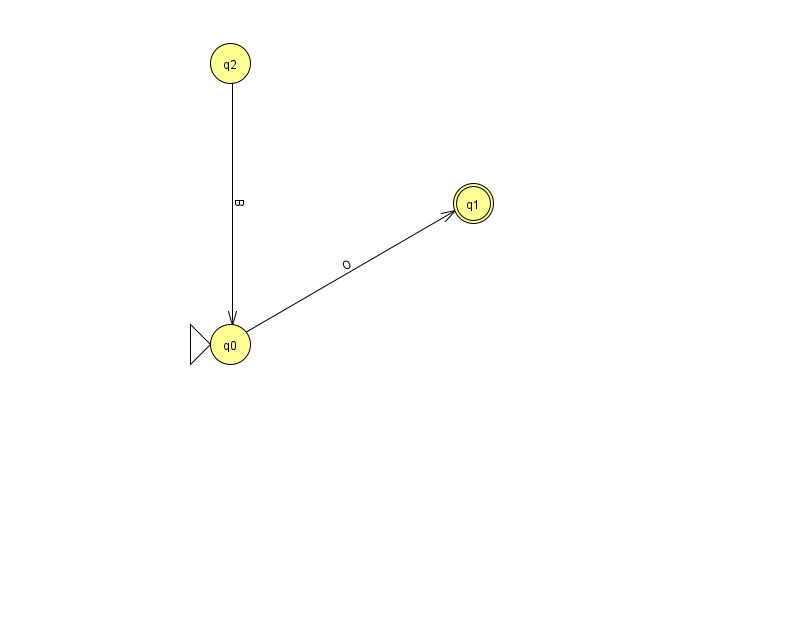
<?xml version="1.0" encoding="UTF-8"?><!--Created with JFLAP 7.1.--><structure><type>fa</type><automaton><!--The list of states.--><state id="0" name="q0"><x>230.0</x><y>331.0</y><initial/></state><state id="1" name="q1"><x>473.0</x><y>190.0</y><final/></state><state id="2" name="q2"><x>230.0</x><y>50.0</y></state><!--The list of transitions.--><transition><from>0</from><to>1</to><read>O</read></transition><transition><from>2</from><to>0</to><read>B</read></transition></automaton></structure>